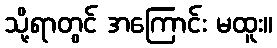
သို့ရာတွင် အကြောင်း မထူး။